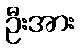
ဦးအား